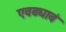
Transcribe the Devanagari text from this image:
एवढ्यावं